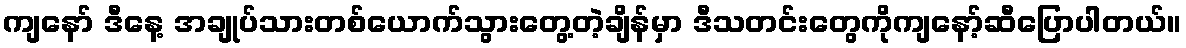
ကျနော် ဒီနေ့ အချုပ်သားတစ်ယောက်သွားတွေ့တဲ့ချိန်မှာ ဒီသတင်းတွေကိုကျနော့်ဆီပြောပါတယ်။